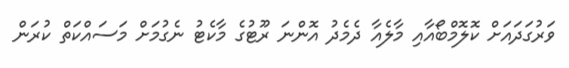
ވަރުގަދައަށް ކޮލޮމްބޯއާއި މާލެއާ ދެމެދު އޮންނަ ރޫޓުގެ މާކެޓު ނެގުމަށް މަސައްކަތް ކުރަން